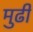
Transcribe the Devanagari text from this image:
मुढी